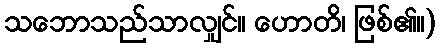
သဘောသည်သာလျှင်။ ဟောတိ၊ ဖြစ်၏။)